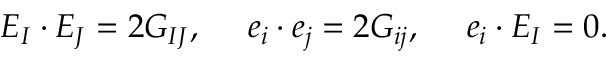
E _ { I } \cdot E _ { J } = 2 G _ { I J } , \ \ \ \ e _ { i } \cdot e _ { j } = 2 G _ { i j } , \ \ \ \ e _ { i } \cdot E _ { I } = 0 .